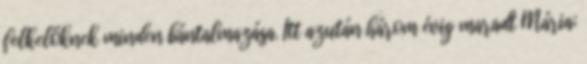
felkelőknek minden bántalmazása. Itt azután három évig maradt Mária;